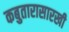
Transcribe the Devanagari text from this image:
कबुतारासारखी